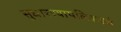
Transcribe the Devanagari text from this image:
सुधारण्यापलिकडचे